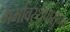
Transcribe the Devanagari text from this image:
गर्भावस्थेपासूनच